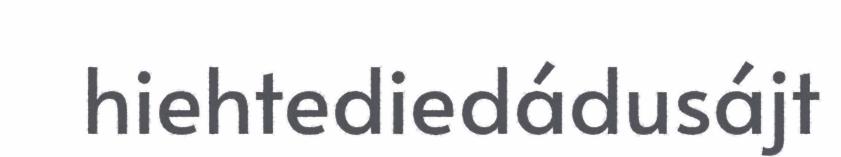
hiehtediedádusájt